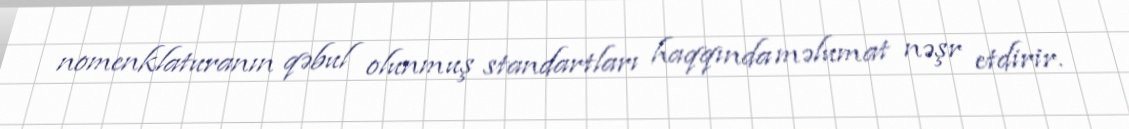
nomenklaturanın qəbul olunmuş standartları haqqında məlumat nəşr etdirir.